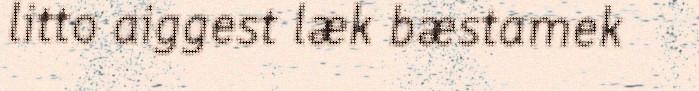
litto aiggest læk bæstamek